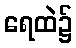
ရေထဲ၌